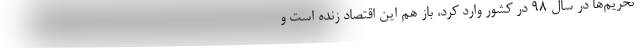
تحریم‌ها در سال ۹۸ در کشور وارد کرد، باز هم این اقتصاد زنده است و